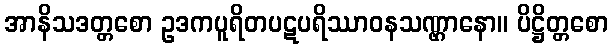
အာနိသဒတ္တစော ဥဒကပူရိတပဋပရိဿာဝနသဏ္ဌာနော။ ပိဋ္ဌိတ္တစော